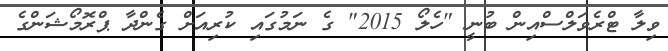
ވިލާ ޓްރެވަލްސްއިން ބުނީ "ހެލޯ 2015" ގެ ނަމުގައި ކުރިއަށް ގެންދާ ޕްރޮމޯޝަންގެ